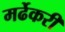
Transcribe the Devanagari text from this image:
मर्ढेकरी